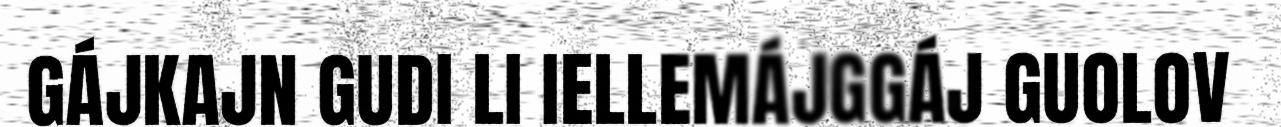
GÁJKAJN GUDI LI IELLEMÁJGGÁJ GUOLOV